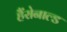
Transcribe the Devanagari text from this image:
हैंरोनाल्ड